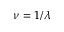
\nu = 1 / \lambda